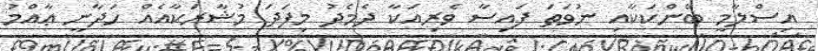
އިސްލާމީ ބޭންކަކާއި ނުވަތަ ފައިސާ ވެރިއަކާ ދެމެދު މިފަދަ މުޝާރަކާއެއް ހަދާނީ ޢާއްމު